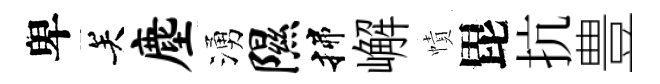
卑关麈湧隰揲嶰幘毘抗豊